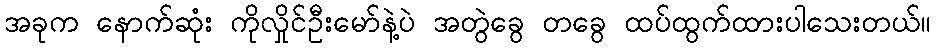
အခုက နောက်ဆုံး ကိုလှိုင်ဦးမော်နဲ့ပဲ အတွဲခွေ တခွေ ထပ်ထွက်ထားပါသေးတယ်။